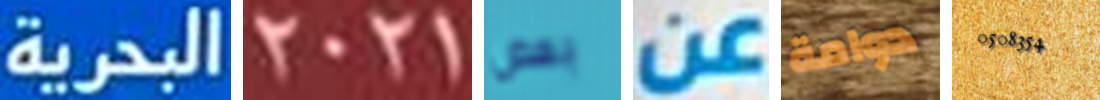
البحرية 2021 بعض عن دوامة 0508354